Calcutta medical institutions reports 1892-1900
Year: 1892
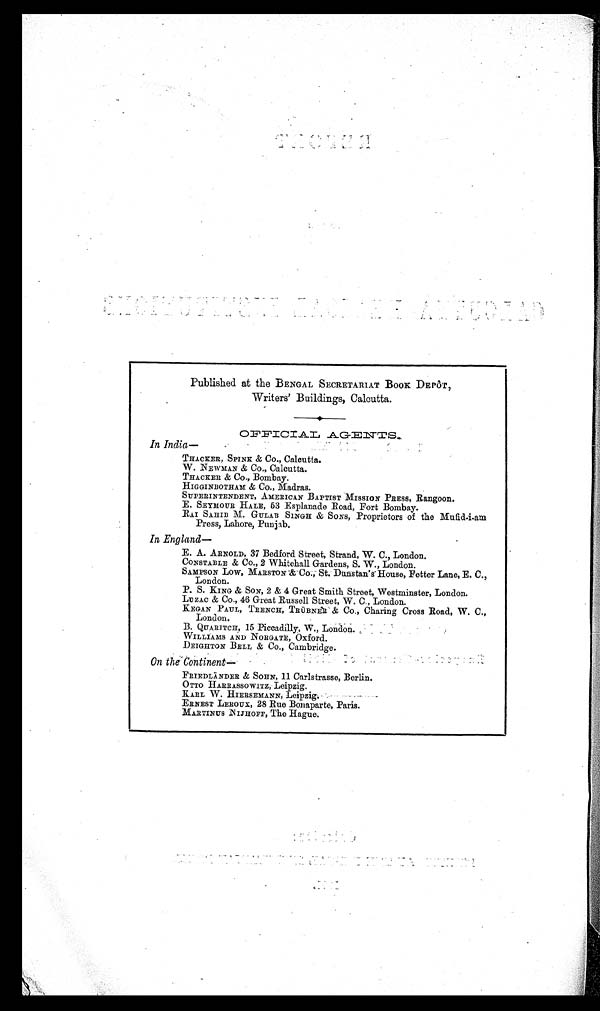
Published at the BENGAL SECRETARIAT BOOK DEPÔT,
Writers' Buildings, Calcutta.
O F F I C I A L A G E N T S
In India—
THACKER, SPINK & CO., Calcutta.
W. NEWMAN & Co., Calcutta.
THACKER & Co., Bombay.
HIGGINBOTHAM & Co., Madras.
SUPERINTENDENT, AMERICAN BAPTIST MISSION PRESS, Rangoon
.
E. SEYMOUR HALE, 53 Esplanade Road, Fort Bombay.
RAI SAHIB M. GULAB SINGH & SONS, Proprietors of the Mufid-i-am
Press, Lahore, Punjab.
In England—
E. A. ARNOLD, 37 Bedford Street, Strand, W. C., London.
CONSTABLE & Co., 2 Whitehall Gardens, S. W., London.
SAMPSON LOW, MARSTON & CO., St. Dunstan's House, Fetter Lane, E. C.,
London.
P. S. KING & SON, 2 & 4 Great Smith Street, Westminster, London.
LOZAC & Co., 46 Great Russell Street, W. C., London.
KEGAN PAUL, TRENCH, TRÜBNER & CO., Charing Cross Road, W. C.,
London.
B. QUARITCH, 15 Piccadilly, W., London.
WILLIAMS AND NORGATÈ, Oxford.
DEIGHTON BELL & CO., Cambridge.
On the Continent
—
FRIEDLÄNDER & SOHN, 11 Carlstrasse, Berlin.
OTTO HARRASSOWITZ, Leipzig.
KARL W. HIERSEMANN, Leipzig.
ERNEST LEROUX, 28 Rue Bonaparte, Paris.
MARTINUS NIJHOFF, The Hague.